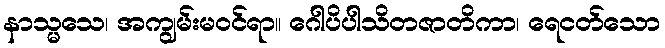
နာသ္မသေ၊ အကျွမ်းမဝင်ရာ။ ဂေါပိပါသိတဇာတိကာ၊ ရေငတ်သော